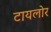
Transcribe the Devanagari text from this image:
टायलोर